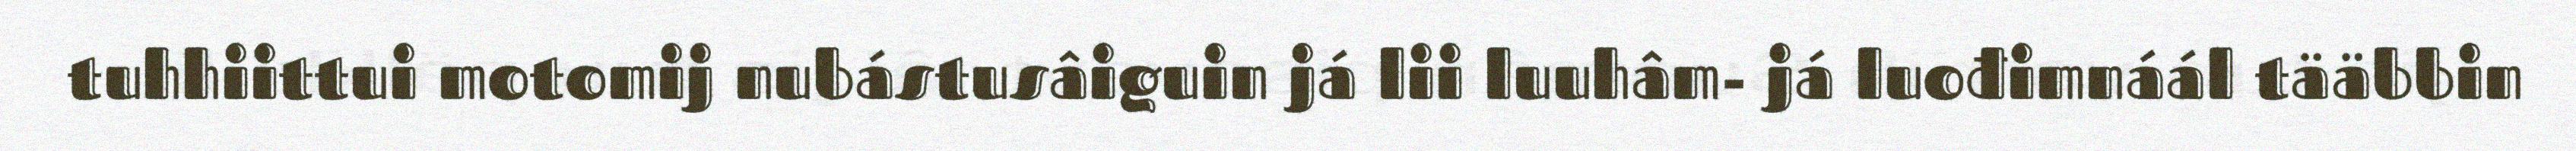
tuhhiittui motomij nubástusâiguin já lii luuhâm- já luođimnáál tääbbin